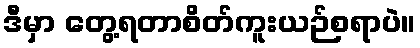
ဒီမှာ တွေ့ရတာစိတ်ကူးယဉ်စရာပဲ။